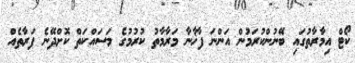
ކޯޓް އިމާރާތުގައި ބޭނުންކުރަމުން އަންނަ ފާޚާނާ މަރާމާތު ކުރުމުގެ މަސައްކަތް ކޮށްދޭނެ ފަރާތެއް